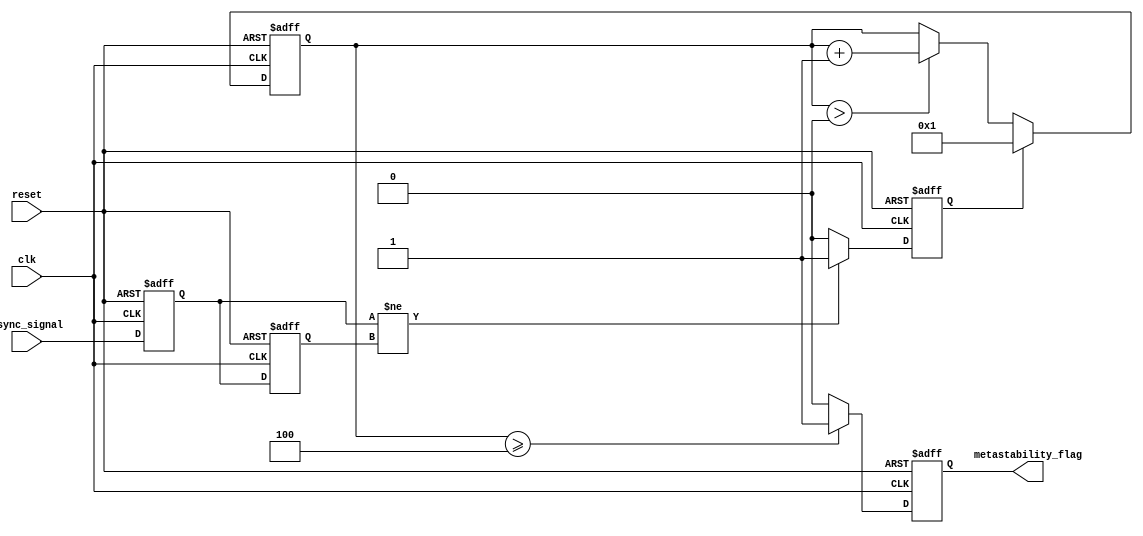
module metastability_detector #(
    parameter PULSE_WIDTH = 1, // Pulse width in clock cycles
    parameter MONITOR_DURATION = 4 // Duration to monitor metastability in clock cycles
)(
    input wire clk,              // System clock
    input wire reset,            // Asynchronous reset
    input wire async_signal,     // Asynchronous input signal
    output reg metastability_flag // Metastability flag output
);

    // Internal signals
    reg ff1, ff2;                // Flip-flops for metastability detection
    reg pulse;                   // Pulse signal
    reg [3:0] monitor_counter;   // Counter for monitoring duration

    // First flip-flop to sample the asynchronous signal
    always @(posedge clk or posedge reset) begin
        if (reset) begin
            ff1 <= 1'b0;
        end else begin
            ff1 <= async_signal;
        end
    end

    // Second flip-flop to sample the output of the first flip-flop
    always @(posedge clk or posedge reset) begin
        if (reset) begin
            ff2 <= 1'b0;
        end else begin
            ff2 <= ff1;
        end
    end

    // Pulse generator logic
    always @(posedge clk or posedge reset) begin
        if (reset) begin
            pulse <= 1'b0;
        end else begin
            if (ff1 != ff2) begin
                pulse <= 1'b1; // Generate pulse on change
            end else if (pulse) begin
                pulse <= 1'b0; // Reset pulse after one clock cycle
            end
        end
    end

    // Metastability detection logic
    always @(posedge clk or posedge reset) begin
        if (reset) begin
            metastability_flag <= 1'b0;
            monitor_counter <= 4'b0;
        end else begin
            if (pulse) begin
                monitor_counter <= 4'b1; // Start monitoring
            end else if (monitor_counter > 0) begin
                monitor_counter <= monitor_counter + 1'b1; // Increment counter
            end
            
            // Check if the monitor counter exceeds the defined duration
            if (monitor_counter >= MONITOR_DURATION) begin
                metastability_flag <= 1'b1; // Assert metastability flag
            end else begin
                metastability_flag <= 1'b0; // Clear metastability flag
            end
        end
    end

endmodule